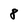
Character: 8